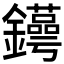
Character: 𨯫